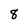
Character: 8